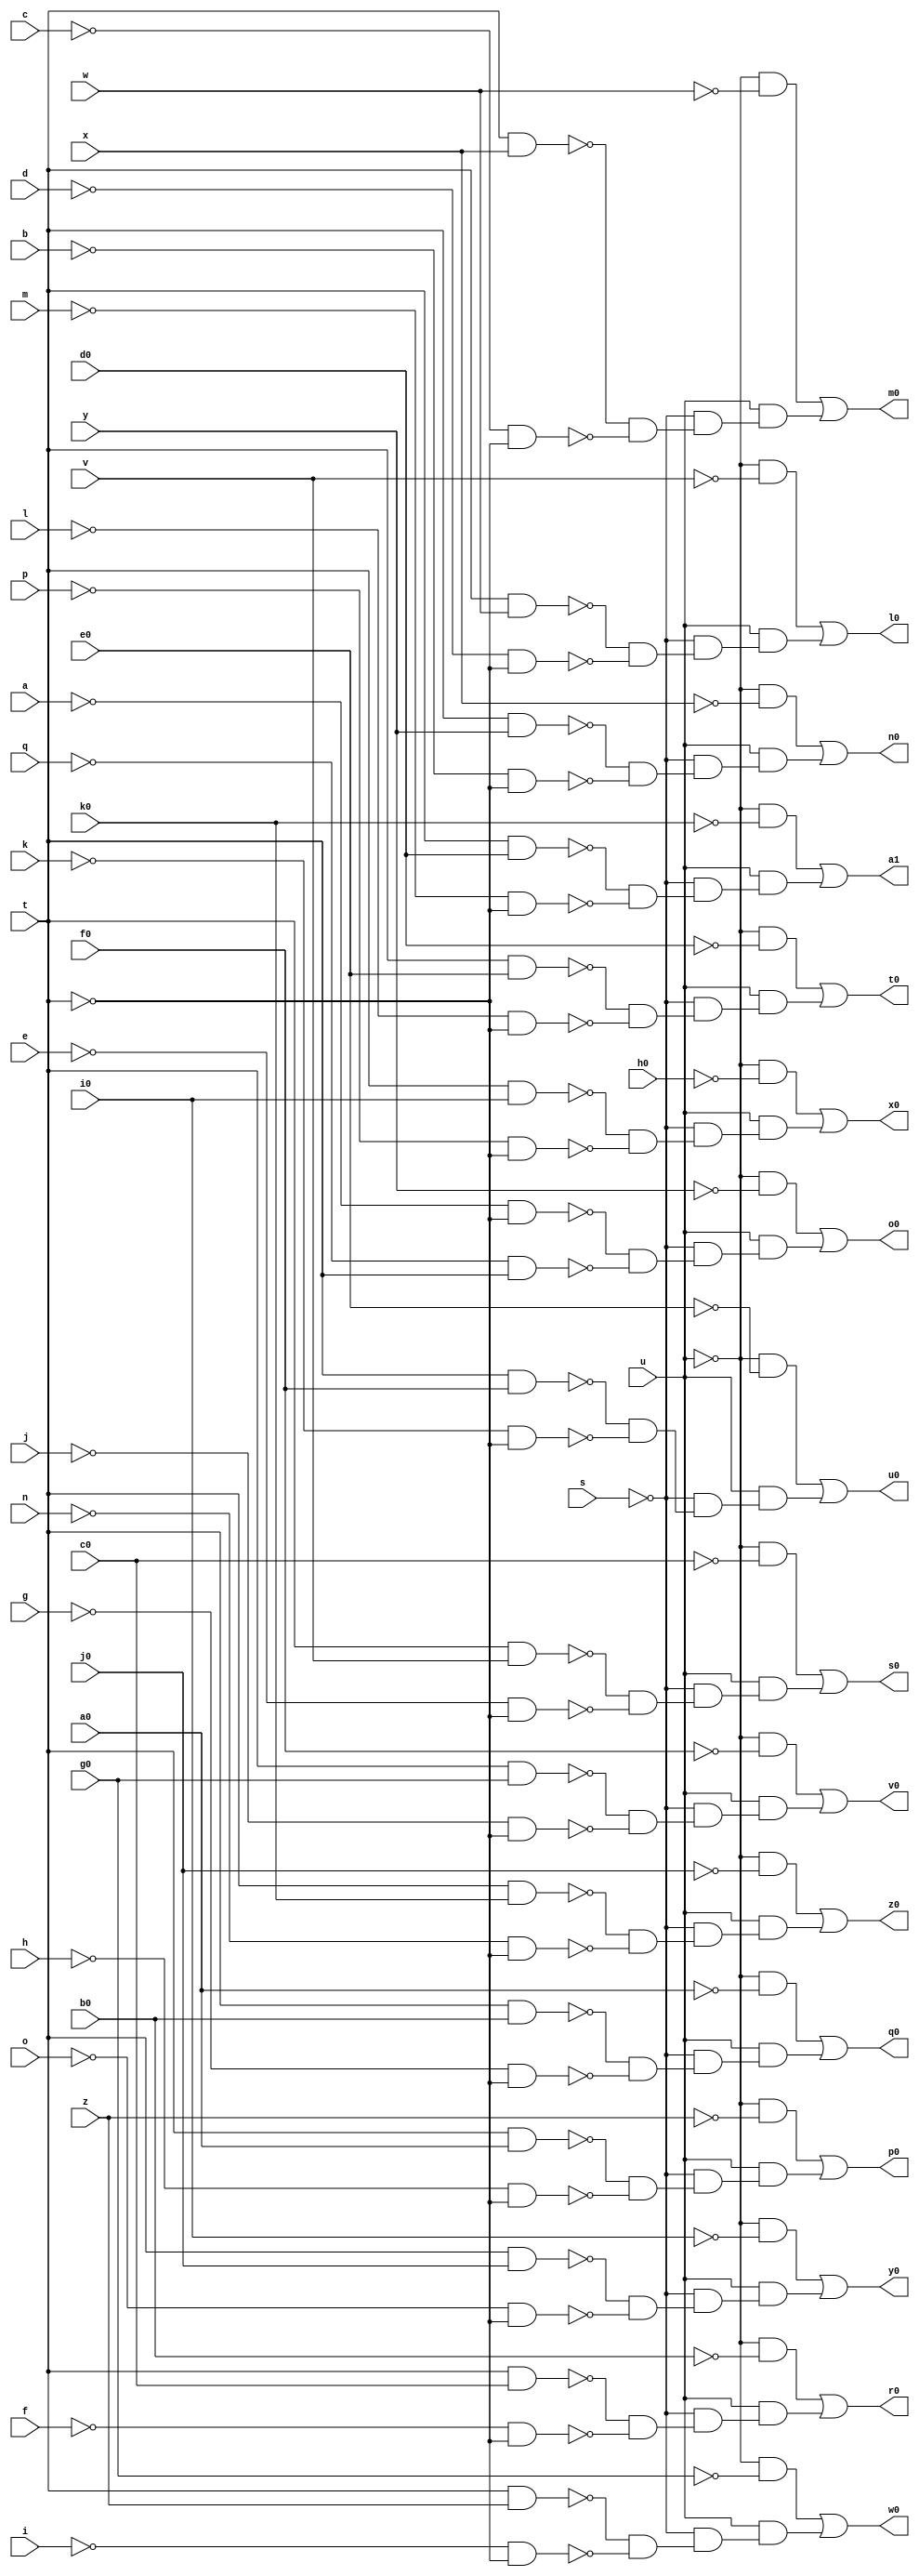
module unreg ( 
    a, b, c, d, e, f, g, h, i, j, k, l, m, n, o, p, q, s, t, u, v, w, x, y,
    z, a0, b0, c0, d0, e0, f0, g0, h0, i0, j0, k0,
    l0, m0, n0, o0, p0, q0, r0, s0, t0, u0, v0, w0, x0, y0, z0, a1  );
  input  a, b, c, d, e, f, g, h, i, j, k, l, m, n, o, p, q, s, t, u, v,
    w, x, y, z, a0, b0, c0, d0, e0, f0, g0, h0, i0, j0, k0;
  output l0, m0, n0, o0, p0, q0, r0, s0, t0, u0, v0, w0, x0, y0, z0, a1;
  wire new_n53_, new_n54_, new_n55_, new_n56_, new_n57_, new_n58_, new_n60_,
    new_n61_, new_n62_, new_n63_, new_n64_, new_n65_, new_n67_, new_n68_,
    new_n69_, new_n70_, new_n71_, new_n72_, new_n74_, new_n75_, new_n76_,
    new_n77_, new_n78_, new_n79_, new_n81_, new_n82_, new_n83_, new_n84_,
    new_n85_, new_n86_, new_n88_, new_n89_, new_n90_, new_n91_, new_n92_,
    new_n93_, new_n95_, new_n96_, new_n97_, new_n98_, new_n99_, new_n100_,
    new_n102_, new_n103_, new_n104_, new_n105_, new_n106_, new_n107_,
    new_n109_, new_n110_, new_n111_, new_n112_, new_n113_, new_n114_,
    new_n116_, new_n117_, new_n118_, new_n119_, new_n120_, new_n121_,
    new_n123_, new_n124_, new_n125_, new_n126_, new_n127_, new_n128_,
    new_n130_, new_n131_, new_n132_, new_n133_, new_n134_, new_n135_,
    new_n137_, new_n138_, new_n139_, new_n140_, new_n141_, new_n142_,
    new_n144_, new_n145_, new_n146_, new_n147_, new_n148_, new_n149_,
    new_n151_, new_n152_, new_n153_, new_n154_, new_n155_, new_n156_,
    new_n158_, new_n159_, new_n160_, new_n161_, new_n162_, new_n163_;
  assign new_n53_ = t & w;
  assign new_n54_ = ~d & ~t;
  assign new_n55_ = ~new_n53_ & ~new_n54_;
  assign new_n56_ = ~s & new_n55_;
  assign new_n57_ = ~u & ~v;
  assign new_n58_ = u & new_n56_;
  assign l0 = new_n57_ | new_n58_;
  assign new_n60_ = t & x;
  assign new_n61_ = ~c & ~t;
  assign new_n62_ = ~new_n60_ & ~new_n61_;
  assign new_n63_ = ~s & new_n62_;
  assign new_n64_ = ~u & ~w;
  assign new_n65_ = u & new_n63_;
  assign m0 = new_n64_ | new_n65_;
  assign new_n67_ = t & y;
  assign new_n68_ = ~b & ~t;
  assign new_n69_ = ~new_n67_ & ~new_n68_;
  assign new_n70_ = ~s & new_n69_;
  assign new_n71_ = ~u & ~x;
  assign new_n72_ = u & new_n70_;
  assign n0 = new_n71_ | new_n72_;
  assign new_n74_ = ~a & ~t;
  assign new_n75_ = ~q & t;
  assign new_n76_ = ~new_n74_ & ~new_n75_;
  assign new_n77_ = ~s & new_n76_;
  assign new_n78_ = ~u & ~y;
  assign new_n79_ = u & new_n77_;
  assign o0 = new_n78_ | new_n79_;
  assign new_n81_ = t & a0;
  assign new_n82_ = ~h & ~t;
  assign new_n83_ = ~new_n81_ & ~new_n82_;
  assign new_n84_ = ~s & new_n83_;
  assign new_n85_ = ~u & ~z;
  assign new_n86_ = u & new_n84_;
  assign p0 = new_n85_ | new_n86_;
  assign new_n88_ = t & b0;
  assign new_n89_ = ~g & ~t;
  assign new_n90_ = ~new_n88_ & ~new_n89_;
  assign new_n91_ = ~s & new_n90_;
  assign new_n92_ = ~u & ~a0;
  assign new_n93_ = u & new_n91_;
  assign q0 = new_n92_ | new_n93_;
  assign new_n95_ = t & c0;
  assign new_n96_ = ~f & ~t;
  assign new_n97_ = ~new_n95_ & ~new_n96_;
  assign new_n98_ = ~s & new_n97_;
  assign new_n99_ = ~u & ~b0;
  assign new_n100_ = u & new_n98_;
  assign r0 = new_n99_ | new_n100_;
  assign new_n102_ = t & v;
  assign new_n103_ = ~e & ~t;
  assign new_n104_ = ~new_n102_ & ~new_n103_;
  assign new_n105_ = ~s & new_n104_;
  assign new_n106_ = ~u & ~c0;
  assign new_n107_ = u & new_n105_;
  assign s0 = new_n106_ | new_n107_;
  assign new_n109_ = t & e0;
  assign new_n110_ = ~l & ~t;
  assign new_n111_ = ~new_n109_ & ~new_n110_;
  assign new_n112_ = ~s & new_n111_;
  assign new_n113_ = ~u & ~d0;
  assign new_n114_ = u & new_n112_;
  assign t0 = new_n113_ | new_n114_;
  assign new_n116_ = t & f0;
  assign new_n117_ = ~k & ~t;
  assign new_n118_ = ~new_n116_ & ~new_n117_;
  assign new_n119_ = ~s & new_n118_;
  assign new_n120_ = ~u & ~e0;
  assign new_n121_ = u & new_n119_;
  assign u0 = new_n120_ | new_n121_;
  assign new_n123_ = t & g0;
  assign new_n124_ = ~j & ~t;
  assign new_n125_ = ~new_n123_ & ~new_n124_;
  assign new_n126_ = ~s & new_n125_;
  assign new_n127_ = ~u & ~f0;
  assign new_n128_ = u & new_n126_;
  assign v0 = new_n127_ | new_n128_;
  assign new_n130_ = t & z;
  assign new_n131_ = ~i & ~t;
  assign new_n132_ = ~new_n130_ & ~new_n131_;
  assign new_n133_ = ~s & new_n132_;
  assign new_n134_ = ~u & ~g0;
  assign new_n135_ = u & new_n133_;
  assign w0 = new_n134_ | new_n135_;
  assign new_n137_ = t & i0;
  assign new_n138_ = ~p & ~t;
  assign new_n139_ = ~new_n137_ & ~new_n138_;
  assign new_n140_ = ~s & new_n139_;
  assign new_n141_ = ~u & ~h0;
  assign new_n142_ = u & new_n140_;
  assign x0 = new_n141_ | new_n142_;
  assign new_n144_ = t & j0;
  assign new_n145_ = ~o & ~t;
  assign new_n146_ = ~new_n144_ & ~new_n145_;
  assign new_n147_ = ~s & new_n146_;
  assign new_n148_ = ~u & ~i0;
  assign new_n149_ = u & new_n147_;
  assign y0 = new_n148_ | new_n149_;
  assign new_n151_ = t & k0;
  assign new_n152_ = ~n & ~t;
  assign new_n153_ = ~new_n151_ & ~new_n152_;
  assign new_n154_ = ~s & new_n153_;
  assign new_n155_ = ~u & ~j0;
  assign new_n156_ = u & new_n154_;
  assign z0 = new_n155_ | new_n156_;
  assign new_n158_ = t & d0;
  assign new_n159_ = ~m & ~t;
  assign new_n160_ = ~new_n158_ & ~new_n159_;
  assign new_n161_ = ~s & new_n160_;
  assign new_n162_ = ~u & ~k0;
  assign new_n163_ = u & new_n161_;
  assign a1 = new_n162_ | new_n163_;
endmodule